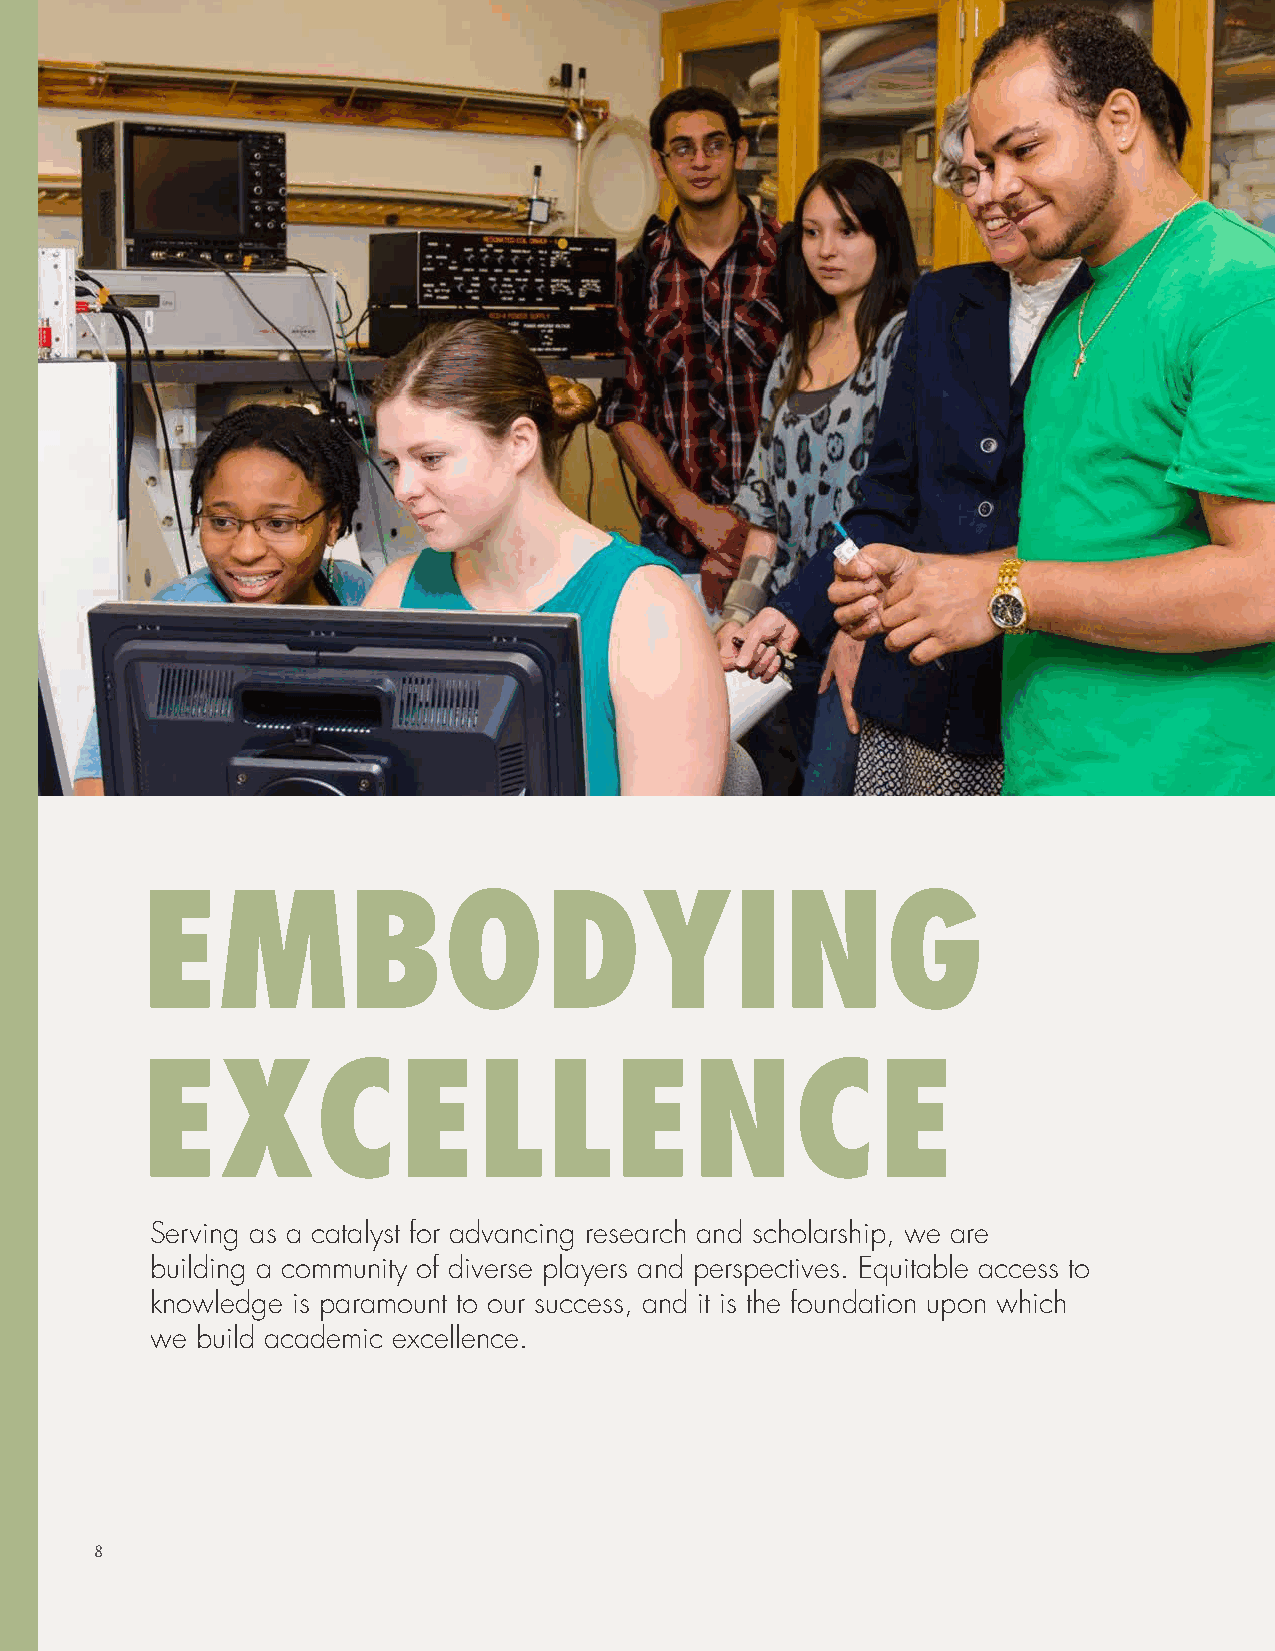
EMBODYING
 EXCELLENCE
 Serving as a catalyst for advancing research and scholarship, we are
 building a community of diverse players and perspectives. Equitable access to
 knowledge is paramount to our success, and it is the foundation upon which
 we build academic excellence.
 8